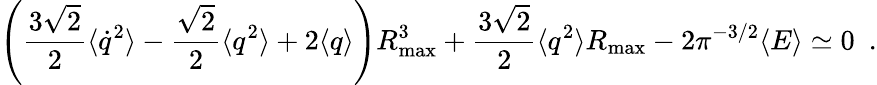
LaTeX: \left({\frac{3\sqrt{2}}{2}}\langle\dot{q}^{2}\rangle-{\frac{\sqrt{2}}{2}}\langle q^{2}\rangle+2\langle q\rangle\right)R_{\mathrm{max}}^{3}+{\frac{3\sqrt{2}}{2}}\langle q^{2}\rangle R_{\mathrm{max}}-2\pi^{-3/2}\langle E\rangle\simeq 0~~.